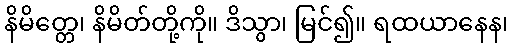
နိမိတ္တေ၊ နိမိတ်တို့ကို။ ဒိသွာ၊ မြင်၍။ ရထယာနေန၊